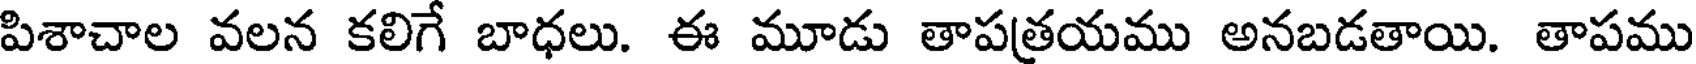
పిశాచాల వలన కలిగే బాధలు. ఈ మూడు తాపత్రయము అనబడతాయి. తాపము